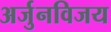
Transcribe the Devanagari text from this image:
अर्जुनविजय